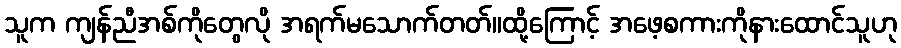
သူက ကျန်ညီအစ်ကိုတွေလို အရက်မသောက်တတ်။ထို့ကြောင့် အဖေ့စကားကိုနားထောင်သူဟု